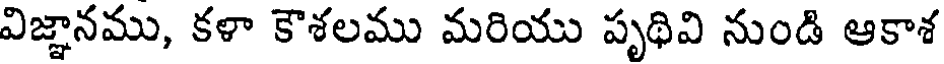
విజ్ఞానము, కళా కౌశలము మరియు పృథివి నుండి ఆకాశ